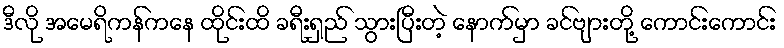
ဒီလို အမေရိကန်ကနေ ထိုင်းထိ ခရီးရှည် သွားပြီးတဲ့ နောက်မှာ ခင်ဗျားတို့ ကောင်းကောင်း